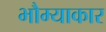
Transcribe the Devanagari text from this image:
भौम्याकार